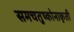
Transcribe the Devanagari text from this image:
समचतुष्कोनाकृती